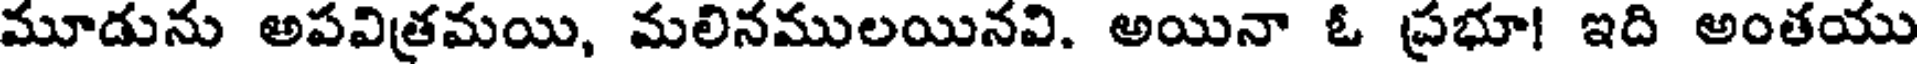
మూడును అపవిత్రమయి, మలినములయినవి. అయినా ఓ ప్రభూ! ఇది అంతయు